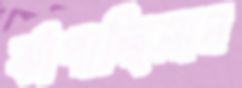
ঝাঁপাচ্ছিলাম